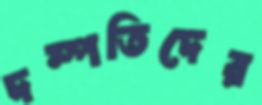
দম্পতিদের